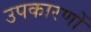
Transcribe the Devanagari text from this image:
उपकारणों